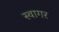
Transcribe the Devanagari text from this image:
स्वागर